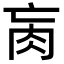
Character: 𦘻